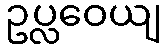
ဥပ္လဝေယျ